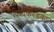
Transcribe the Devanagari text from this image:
विश्वकरंडकात